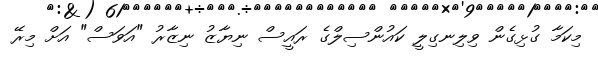
މިކަމާ ގުޅިގެން ވިލިނގިލީ ކައުންސިލްގެ ރައީސް ނިޔާޒު ނިޒާރު "އަވަސް" އަށް މިރޭ